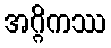
အဂ္ဂိကဿ